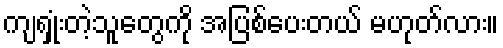
ကျရှုံးတဲ့သူတွေကို အပြစ်ပေးတယ် မဟုတ်လား။